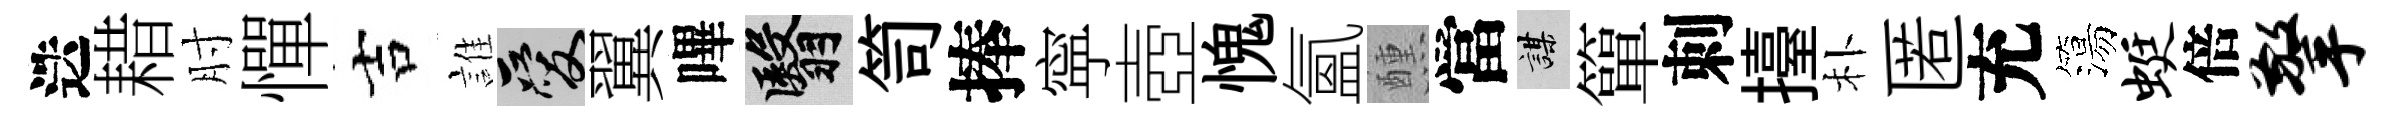
迭耤肘憚吉誰爱翼嗶翳笥捧寜壺愧氳醺當謀簞刺擡朴匿充簜蜓倍擎